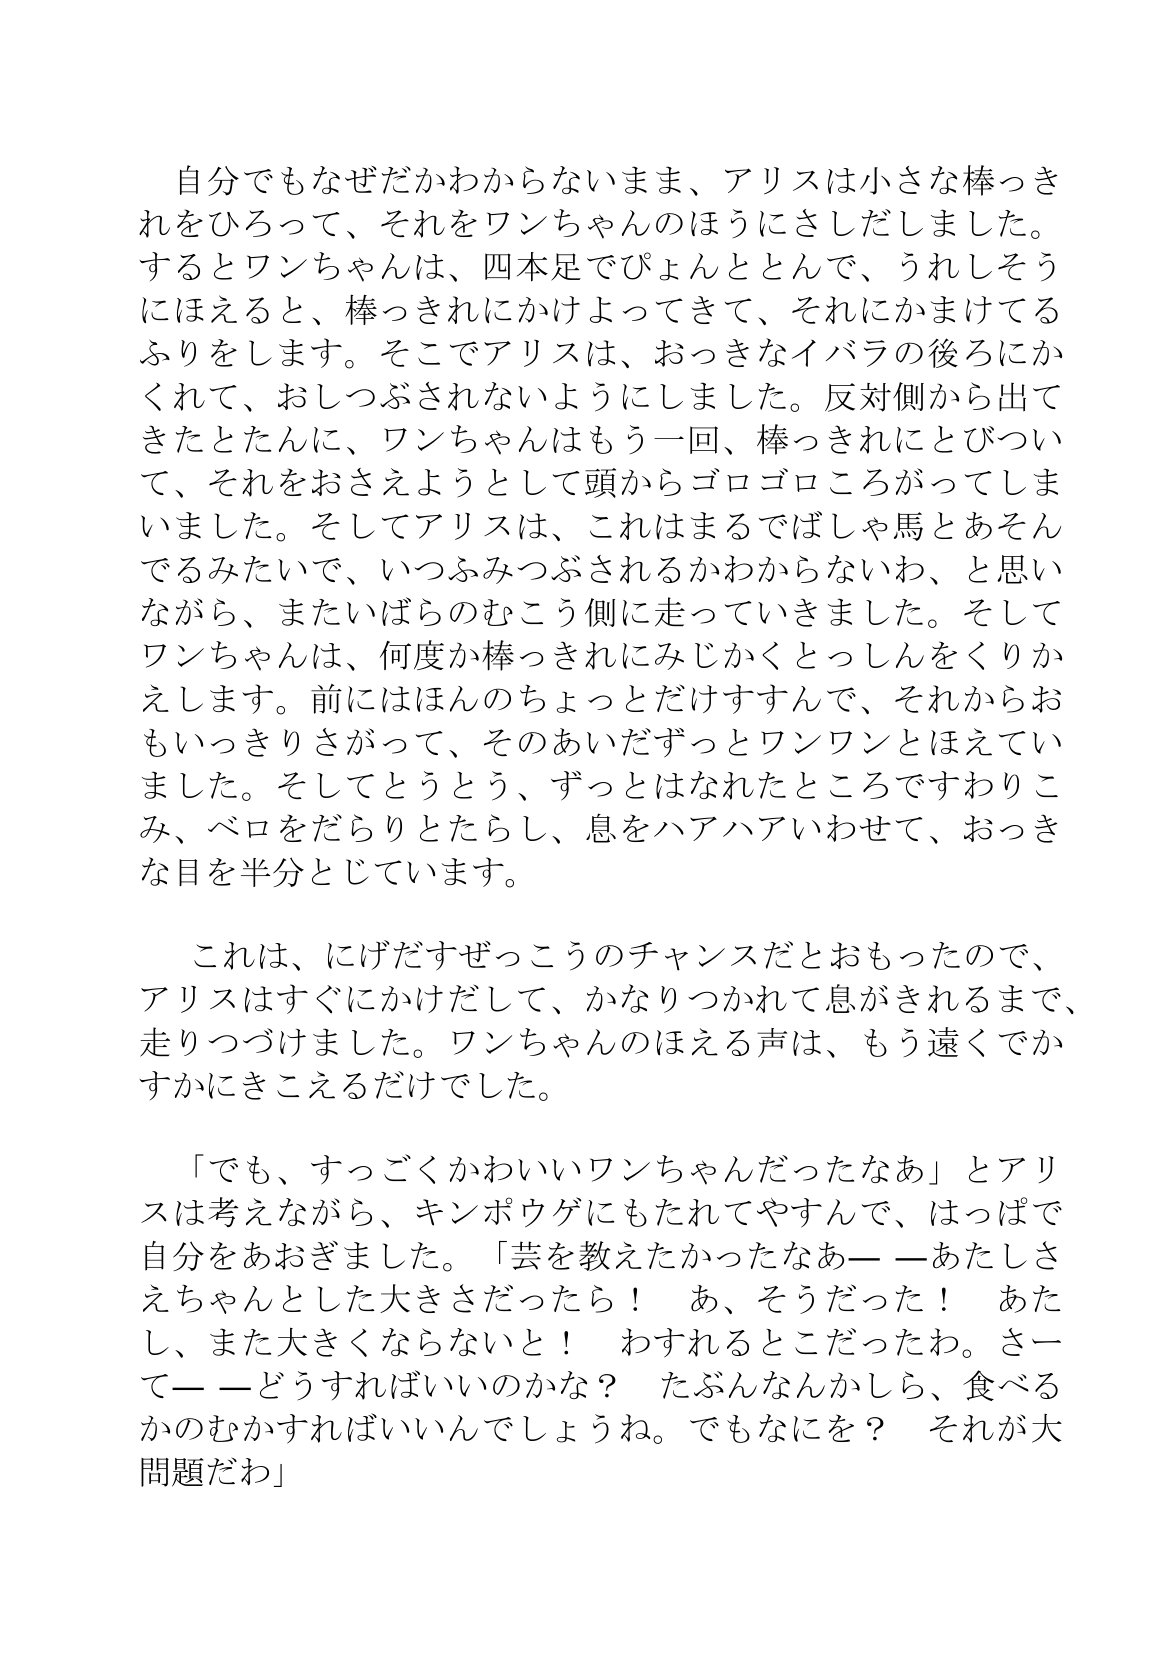
Language: ja